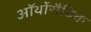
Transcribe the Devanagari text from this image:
ऑर्थोरौबिक